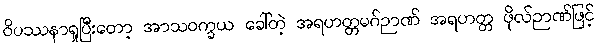
ဝိပဿနာရှုပြီးတော့ အာသဝက္ခယ ခေါ်တဲ့ အရဟတ္တမဂ်ဉာဏ် အရဟတ္တ ဖိုလ်ဉာဏ်ဖြင့်